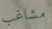
مشاغب